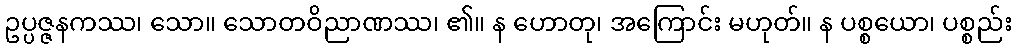
ဥပ္ပဇ္ဇနကဿ၊ သော။ သောတဝိညာဏဿ၊ ၏။ န ဟောတု၊ အကြောင်း မဟုတ်။ န ပစ္စယော၊ ပစ္စည်း